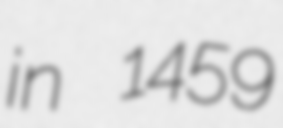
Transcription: in 1459